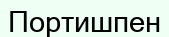
Портишпен